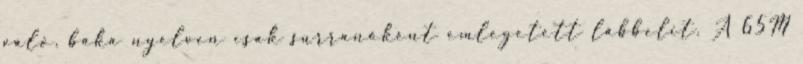
váló, baka nyelven csak surranóként emlegetett lábbelit. A 65M